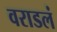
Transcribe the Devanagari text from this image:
वराडलं